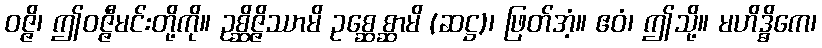
ဝဇ္ဇိ၊ ဤဝဇ္ဇီမင်းတို့ကို။ ဥစ္ဆိဇ္ဇိဿာမိ ဥစ္ဆေစ္ဆာမိ (ဆဋ္ဌ)၊ ဖြတ်အံ့။ ဧဝံ၊ ဤသို့။ မဟိဒ္ဓိကေ၊